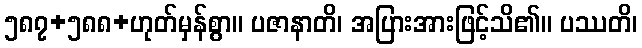
၅၈၇+၅၈၈+ဟုတ်မှန်စွာ။ ပဇာနာတိ၊ အပြားအားဖြင့်သိ၏။ ပဿတိ၊